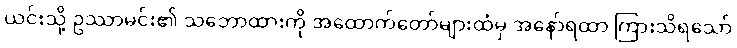
ယင်းသို့ ဥဿာမင်း၏ သဘောထားကို အထောက်တော်များထံမှ အနော်ရထာ ကြားသိရသော်